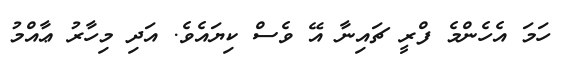
ހަމަ އެހެންމެ ފްރީ ޗައިނާ އޭ ވެސް ކިޔައެވެ. އަދި މިހާރު ޢާއްމު